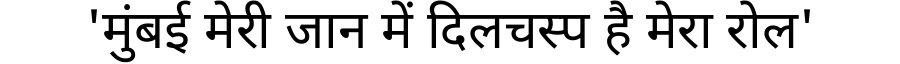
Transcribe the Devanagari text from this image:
'मुंबई मेरी जान में दिलचस्प है मेरा रोल'